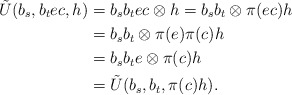
\begin{align*} \tilde{U}(b_s,b_tec,h)&=b_sb_tec\otimes h=b_sb_t\otimes \pi(ec)h\\ &=b_sb_t\otimes \pi(e)\pi(c)h\\ &=b_sb_te\otimes \pi(c)h\\ &=\tilde{U}(b_s,b_t, \pi(c)h). \end{align*}